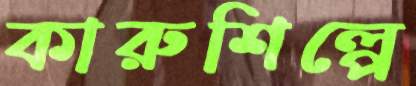
কারুশিল্পে